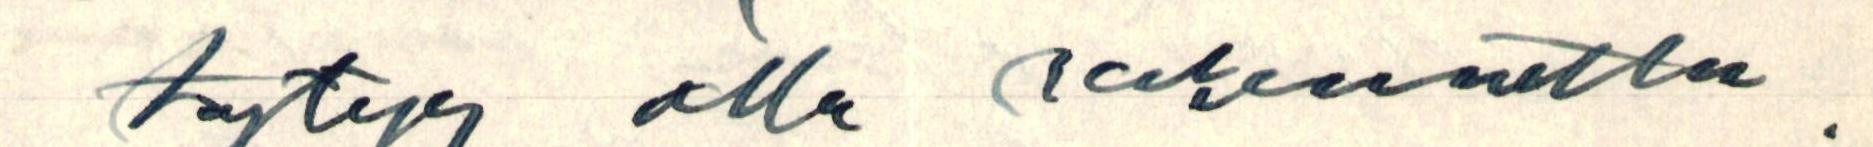
täytyy olla rakennettu.